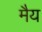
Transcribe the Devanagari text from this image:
मैय